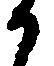
か